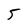
Character: 5